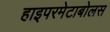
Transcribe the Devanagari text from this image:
हाइपरमेटाबोलस